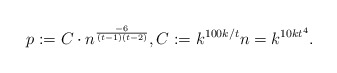
\begin{align*} p:=C\cdot n^{\frac{-6}{(t-1)(t-2)}}, C:=k^{100k/t}n=k^{10kt^4}.\end{align*}